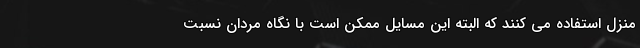
منزل استفاده می کنند که البته این مسایل ممکن است با نگاه مردان نسبت